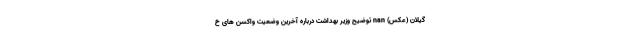
گیلان (عکس) nan توضیح وزیر بهداشت درباره آخرین وضعیت واکسن‌ های خ